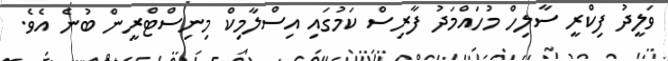
ވަލީދު ފިކްރީ ސާލިހް މުހައްމަދު ފާރިސް ކަމުގައި އިސްލާމިކް މިނިސްޓްރީން ބުނެ އެވެ.